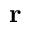
\textbf { r }